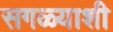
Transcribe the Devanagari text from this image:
सगळ्याशी